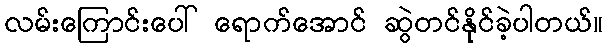
လမ်းကြောင်းပေါ် ရောက်အောင် ဆွဲတင်နိုင်ခဲ့ပါတယ်။